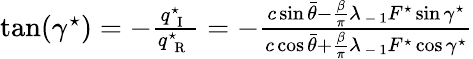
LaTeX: \begin{array}{r}{\tan(\gamma^{\star})=-\frac{q_{\mathrm{~{~I~}~}}^{\star}}{q_{\mathrm{~{~R~}~}}^{\star}}=-\frac{c\sin\bar{\theta}-{\frac{\beta}{\pi}}\lambda_{\mathrm{~-~}1}F^{\star}\sin\gamma^{\star}}{c\cos\bar{\theta}+{\frac{\beta}{\pi}}\lambda_{\mathrm{~-~}1}F^{\star}\cos\gamma^{\star}}}\end{array}